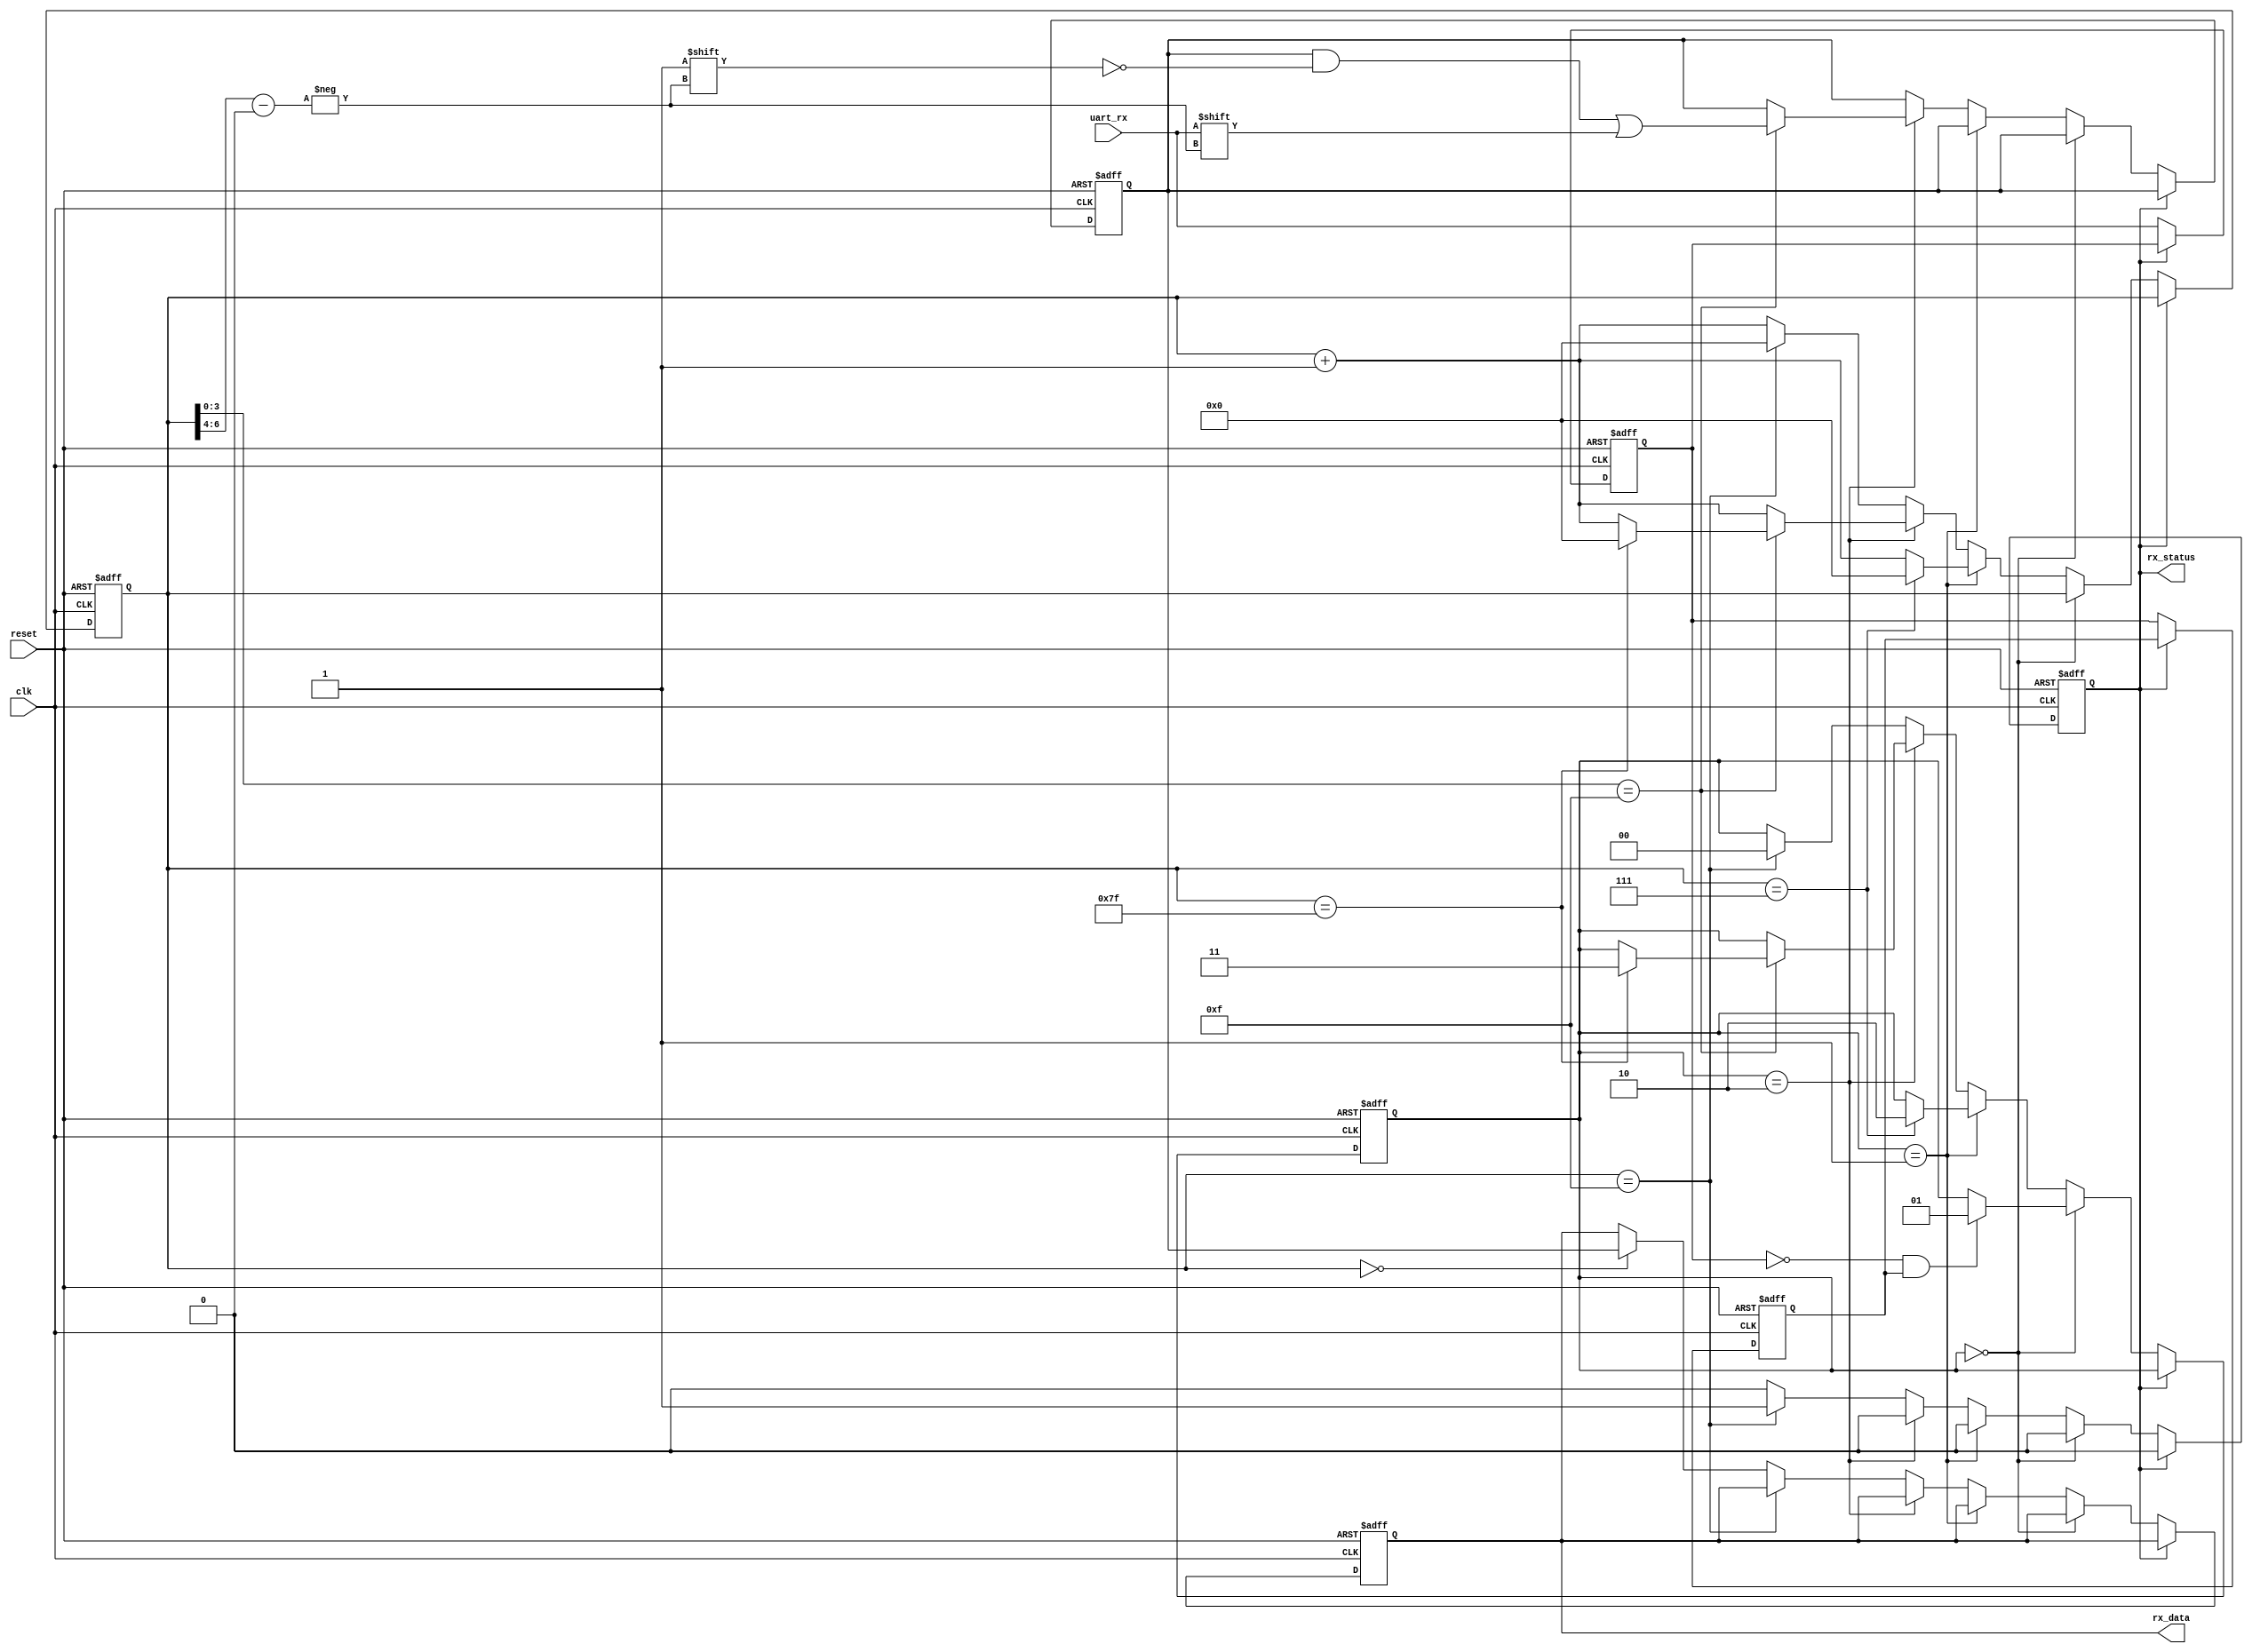
module receiver1(uart_rx,clk,reset,rx_data,rx_status);
input uart_rx;
input clk;
input reset;
output [7:0] rx_data;
output rx_status;

reg out_status;
reg [1:0] status;
reg [6:0] baud_count;
reg lastdata;
reg curdata;
reg [7:0] data;
reg [7:0] temp_data;

assign rx_status = out_status;
assign rx_data = temp_data;
initial begin
  status<=2'b00;
  baud_count<=7'd0;
  out_status<=1'b0;
  temp_data<=8'b11111111;
  data<=8'b11111111;
end
always @(posedge clk or posedge reset) begin
  if(reset == 1'b1) begin
    status<=2'b00;
    baud_count<=7'd0;
    out_status<=1'b0;
    temp_data<=8'b11111111;
    data<=8'b11111111;
    curdata <= 8'b0;
    lastdata <= 8'b0;
  end
  else if (out_status == 1'b1) begin
    out_status <= 1'b0; //uart_con[3]1
  end
  else begin
    curdata<=uart_rx;
    lastdata<=curdata;
    if(status == 2'b00) begin
      if(curdata == 1'b0 && lastdata == 1'b1) begin
        status<=2'b01;
        out_status<=1'b0;
      end
    end
    else if(status == 2'b01) begin
      if(baud_count == 7'd7) begin
        status<=2'b10;
        baud_count<=7'd0;
      end
      else begin
        baud_count<=baud_count+7'd1;
      end
    end
    else if(status == 2'b10) begin
      if(baud_count[3:0] == 4'b1111) begin
        data[baud_count[6:4]]<=uart_rx;
        if(baud_count == 7'b1111111) begin
          baud_count<=7'd0;
          status<=2'b11;
        end
        else begin
          baud_count<=baud_count+7'd1;
        end      
      end
      else begin
        baud_count<=baud_count+7'd1;
      end
    end
    else begin
      if(baud_count == 7'd15) begin
        baud_count<=7'd0;
        status<=2'b00;
        out_status<=1'b1;
      end
      else begin
        baud_count<=baud_count+7'd1;
        if(baud_count == 7'd0) begin
          temp_data<=data;
        end
      end
    end
  end
end
endmodule